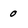
Character: 0